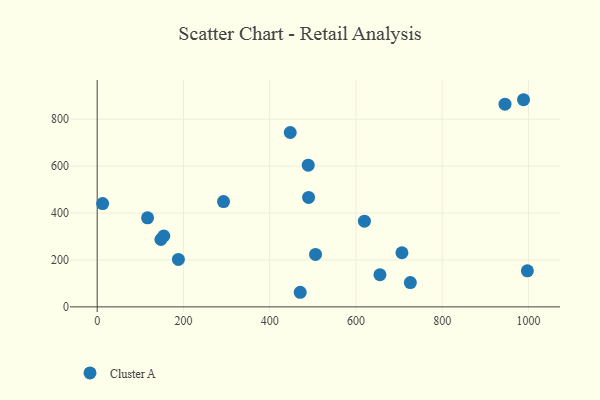
{"axis": {"x": "Ad Spend", "y": "Salary"}, "legend": ["Cluster A"], "data": [{"x": "293.0", "y": 448.8, "type": "Cluster A"}, {"x": "655.7", "y": 136.9, "type": "Cluster A"}, {"x": "988.7", "y": 882.7, "type": "Cluster A"}, {"x": "490.2", "y": 466.2, "type": "Cluster A"}, {"x": "489.4", "y": 603.9, "type": "Cluster A"}, {"x": "706.7", "y": 230.7, "type": "Cluster A"}, {"x": "154.4", "y": 302.1, "type": "Cluster A"}, {"x": "619.7", "y": 365.2, "type": "Cluster A"}, {"x": "116.8", "y": 379.6, "type": "Cluster A"}, {"x": "945.7", "y": 863.7, "type": "Cluster A"}, {"x": "447.7", "y": 743.1, "type": "Cluster A"}, {"x": "147.7", "y": 287.1, "type": "Cluster A"}, {"x": "997.6", "y": 153.7, "type": "Cluster A"}, {"x": "470.8", "y": 62.2, "type": "Cluster A"}, {"x": "506.3", "y": 223.3, "type": "Cluster A"}, {"x": "188.3", "y": 202.0, "type": "Cluster A"}, {"x": "12.6", "y": 440.0, "type": "Cluster A"}, {"x": "726.2", "y": 103.5, "type": "Cluster A"}]}